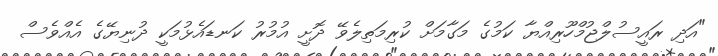
"އަދި ރައީސުލްޖުމްހޫރިއްޔާ ކަމުގެ މަގާމަށް ކުރިމަތިލެވޭ ދޮށީ އުމުރު ކަނޑައެޅުމަކީ ދުނިޔޭގެ އެއްވެސް